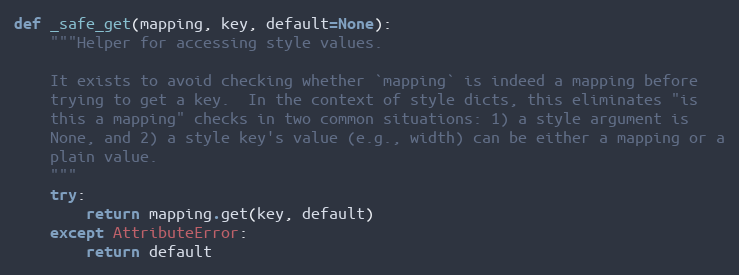
Language: Python
def _safe_get(mapping, key, default=None):
    """Helper for accessing style values.

    It exists to avoid checking whether `mapping` is indeed a mapping before
    trying to get a key.  In the context of style dicts, this eliminates "is
    this a mapping" checks in two common situations: 1) a style argument is
    None, and 2) a style key's value (e.g., width) can be either a mapping or a
    plain value.
    """
    try:
        return mapping.get(key, default)
    except AttributeError:
        return default